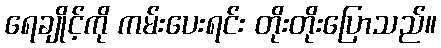
ရေချိုင့်ကို ကမ်းပေးရင်း တိုးတိုးပြောသည်။